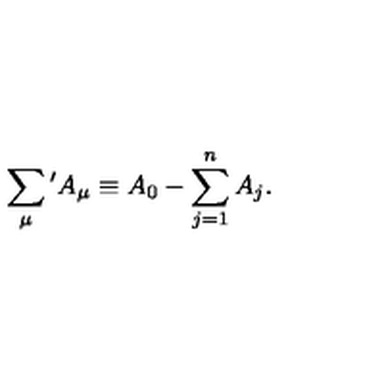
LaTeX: \sum _ { \mu } { } ^ { \prime } A _ { \mu } \equiv A _ { 0 } - \sum _ { j = 1 } ^ { n } A _ { j } .